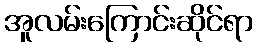
အူလမ်းကြောင်းဆိုင်ရာ